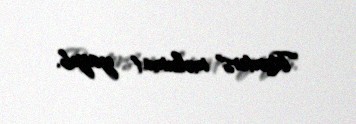
"Reuters" məlumat yayıb.